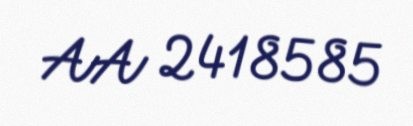
AA 2418585